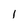
Character: l